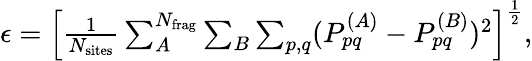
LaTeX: \begin{array}{r}{\epsilon=\left[\frac{1}{N_{\mathrm{sites}}}\sum_{A}^{N_{\mathrm{frag}}}\sum_{B}\sum_{p,q}(P_{pq}^{(A)}-P_{pq}^{(B)})^{2}\right]^{\frac{1}{2}},}\end{array}